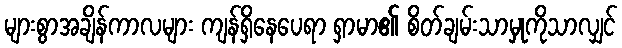
များစွာအချိန်ကာလများ ကျန်ရှိနေပေရာ ရှာမာ၏ စိတ်ချမ်းသာမှုကိုသာလျှင်